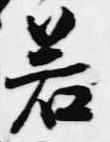
若